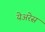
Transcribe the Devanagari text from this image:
येअरेस